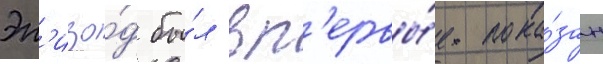
Эп'изо́д бы́л вп'ервы́е пока́зан